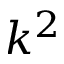
k ^ { 2 }